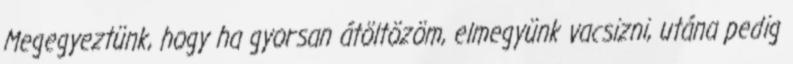
Megegyeztünk, hogy ha gyorsan átöltözöm, elmegyünk vacsizni, utána pedig